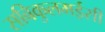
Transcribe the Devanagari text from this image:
सबिकुलमईसी